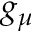
g _ { \mu }